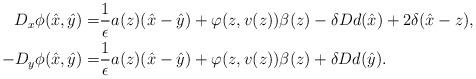
LaTeX: \begin{align*}D_x\phi(\hat x, \hat y) = & \frac{1}{\epsilon}a(z)(\hat x-\hat y) + \varphi(z,v(z))\beta(z) - \delta Dd(\hat x) + 2\delta (\hat x-z), \\-D_y\phi(\hat x, \hat y) = & \frac{1}{\epsilon}a(z)(\hat x-\hat y) + \varphi(z,v(z))\beta(z) + \delta Dd(\hat y). \end{align*}